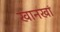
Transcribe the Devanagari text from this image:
खानखां